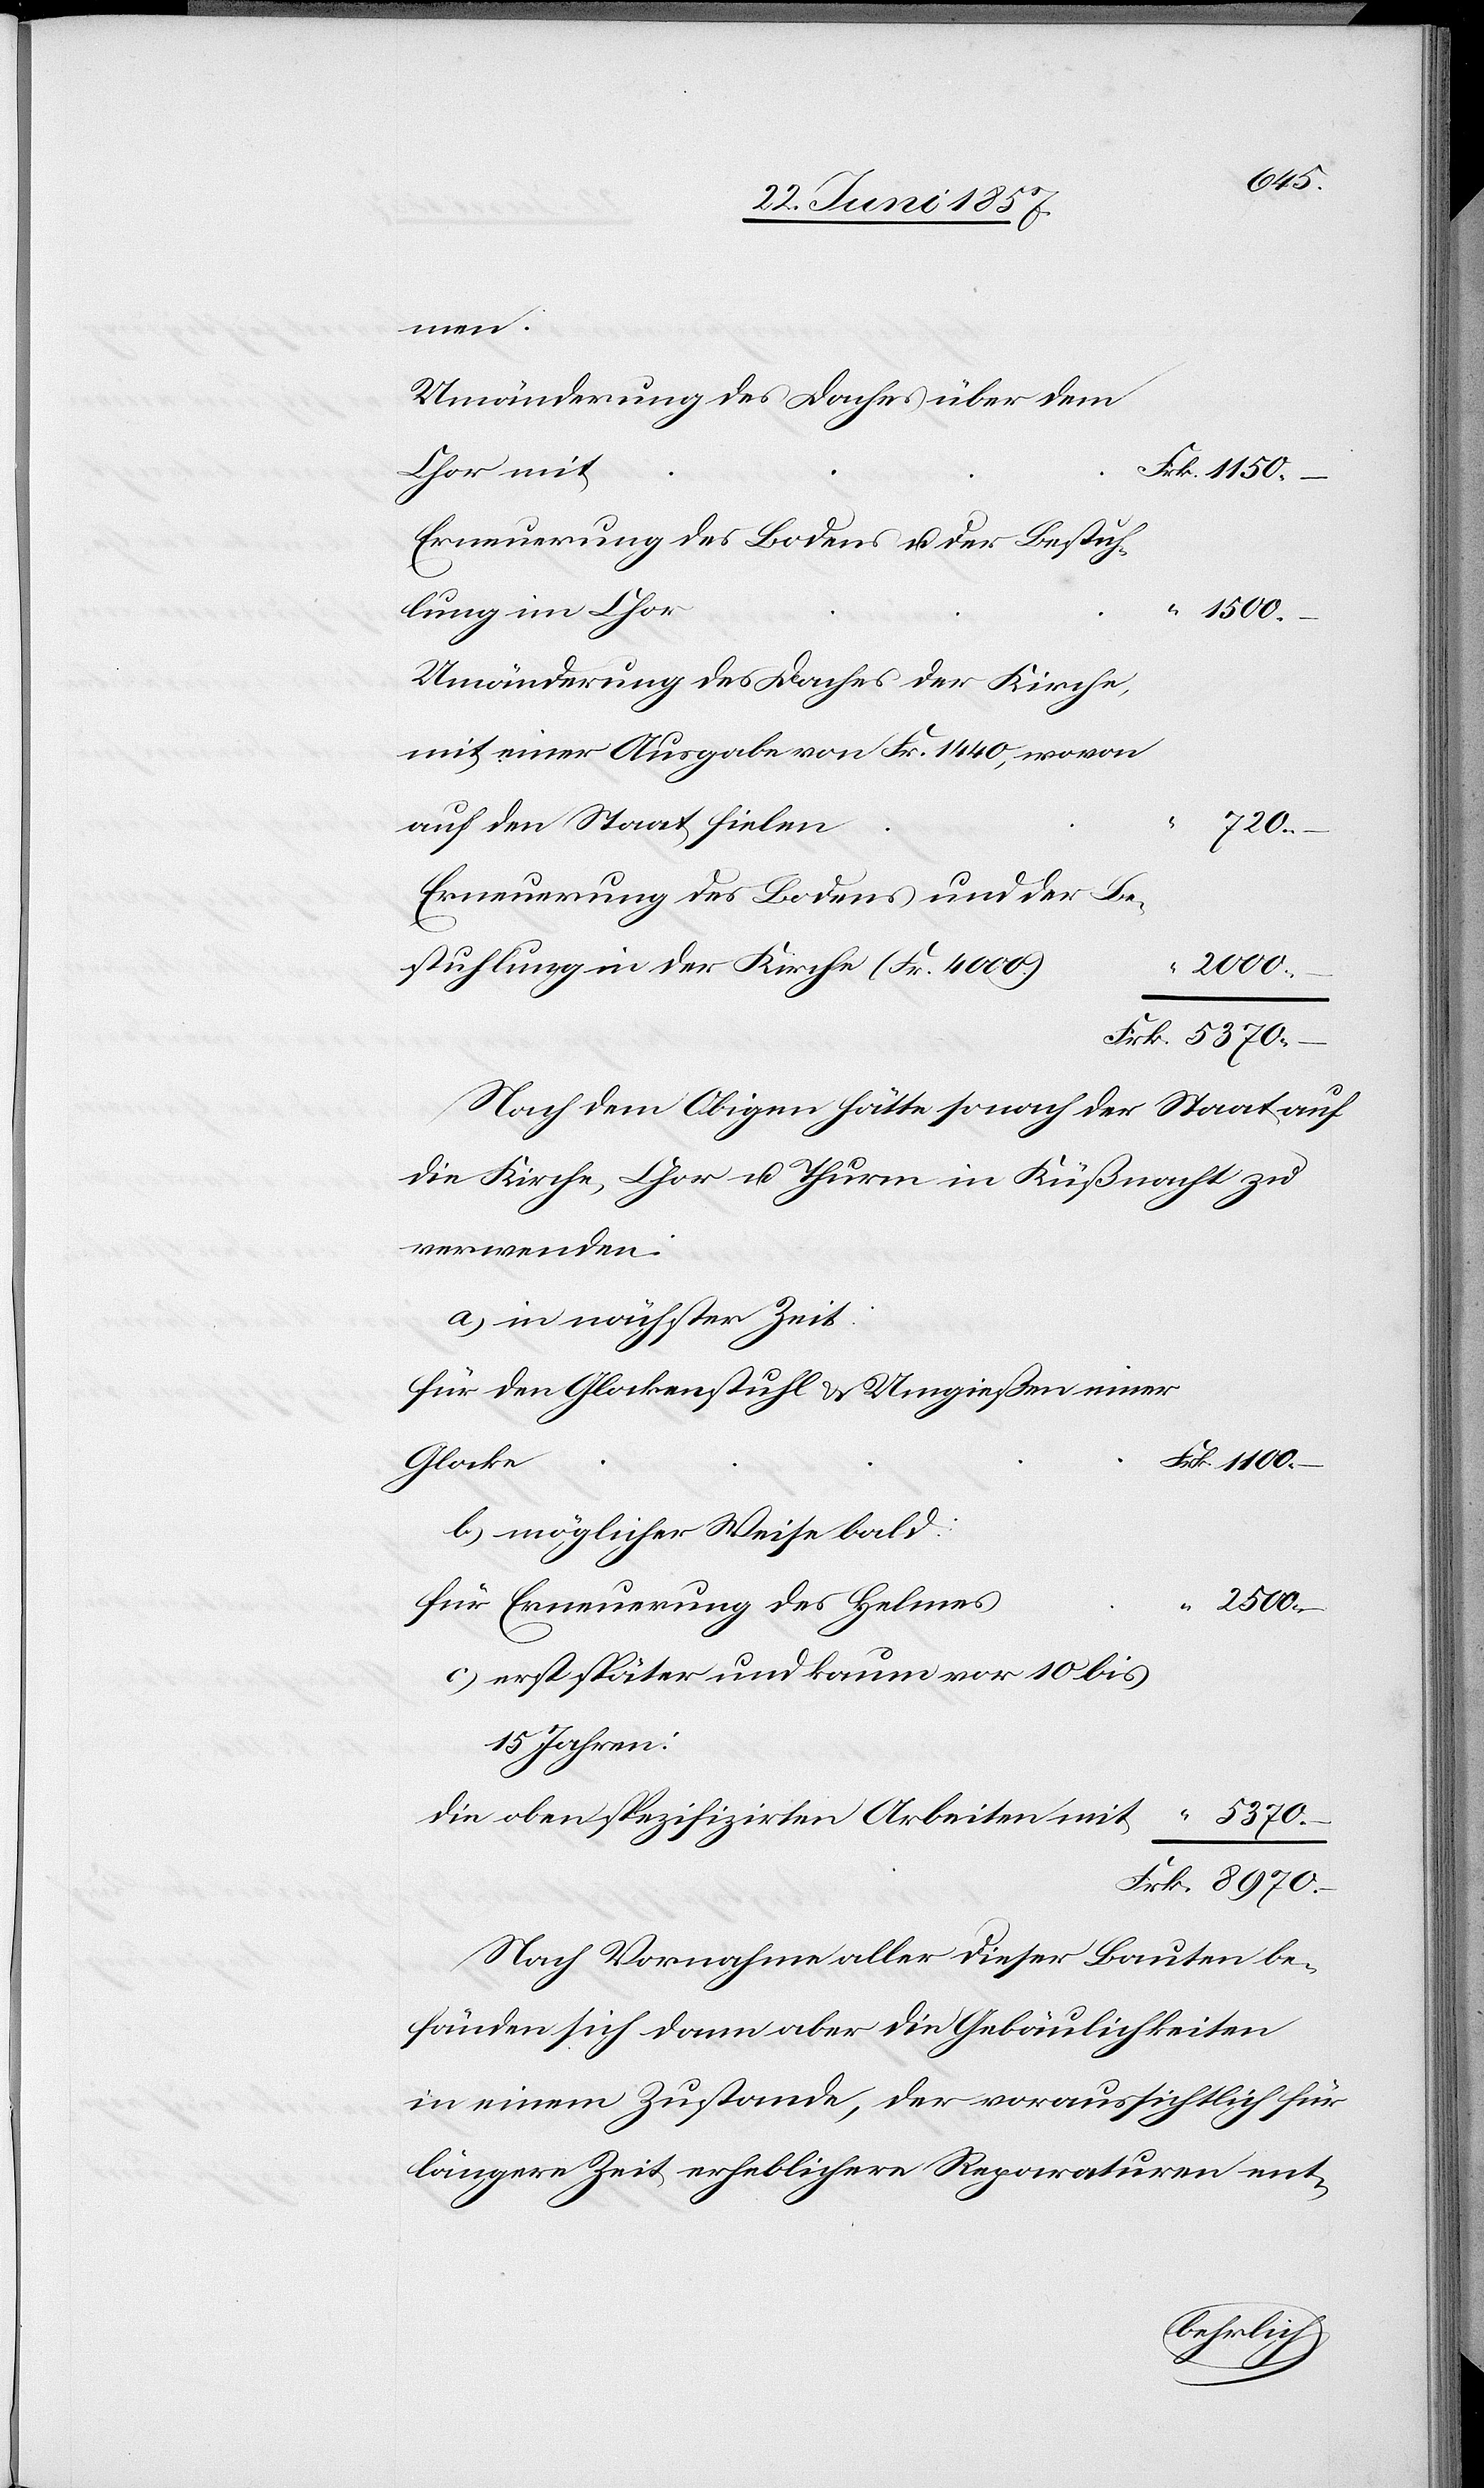
100.
men.
Umänderung des Daches über dem
Erneuerung des Bodens & der Bestuh¬
Umänderung des Daches der Kirche,
mit einer Ausgabe von Frk. 1 140, wovon
5 370.
Erneuerung des Bodens und der Be¬
stuhlung in der Kirche (Fr. 4 000)	“
2 000.
Frk. 5 370.
s						“
Nach dem Obigen hätte sonach der Staat auf
die Kirche, Chor & Thurm in Küßnacht zu
verwenden:
a) in nächster Zeit:
für den Glockenstuhl & Umgießen einer
1
b) möglicher Weise bald:
für Erneuerung des Helme¬
2 500. –
c) erst später und kaum vor 10 bis
15 Jahren:
die oben spezifizirten Arbeiten mit						“
Frk. 8 970.
Nach Vornahme aller dieser Bauten be¬
fänden sich dann aber die Gebäulichkeiten
in einem Zustande, der voraussichtlich für
längere Zeit erheblichere Reparaturen ent-